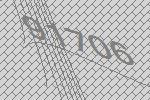
91706